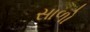
સાળો